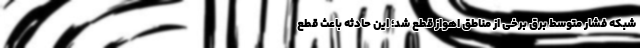
شبکه فشار متوسط برق برخی از مناطق اهواز قطع شد؛ این حادثه باعث قطع